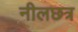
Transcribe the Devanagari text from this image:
नीलछत्र